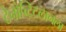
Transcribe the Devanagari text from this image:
टेनोच्टिटलानला